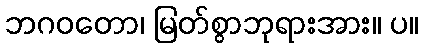
ဘဂဝတော၊ မြတ်စွာဘုရားအား။ ပ။